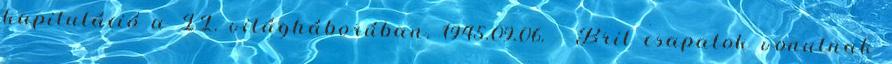
kapituláció a II. világháborúban. 1945.09.06. - Brit csapatok vonulnak